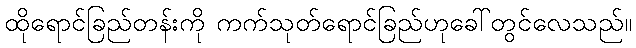
ထိုရောင်ခြည်တန်းကို ကက်သုတ်ရောင်ခြည်ဟုခေါ်တွင်လေသည်။